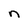
Character: n